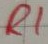
Text: R1